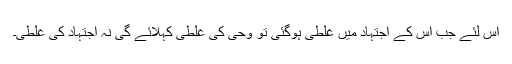
اس لئے جب اس کے اجتہاد میں غلطی ہوگئی تو وحی کی غلطی کہلائے گی نہ اجتہاد کی غلطی۔